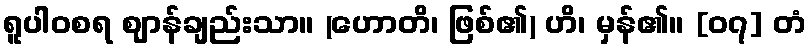
ရူပါဝစရ ဈာန်ချည်းသာ။ (ဟောတိ၊ ဖြစ်၏) ဟိ၊ မှန်၏။ [၀၇] တံ